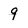
Character: 9